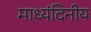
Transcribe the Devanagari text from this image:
माध्यंदिनीय